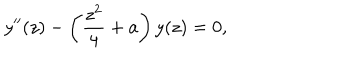
LaTeX: y ^ { \prime \prime } ( z ) - \left( \frac { z ^ { 2 } } { 4 } + a \right) y ( z ) = 0 ,